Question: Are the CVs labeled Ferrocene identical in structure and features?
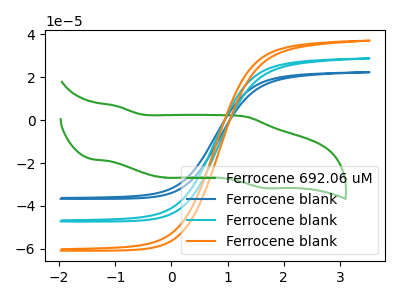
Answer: <think>The green curve "Ferrocene 692.06 uM" has anodic peaks at (-0.95V, 6.50uA) (1.35V, 1.50uA) and cathodic peaks at (-0.05V, -26.85uA) (1.65V, -31.60uA). The blue curve "Ferrocene blank" has no peaks. The cyan curve "Ferrocene blank" has no peaks. The orange curve "Ferrocene blank" has no peaks.
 "Ferrocene 692.06 uM" and "Ferrocene blank" have a different number of peaks. "Ferrocene 692.06 uM" and "Ferrocene blank" have a different number of peaks. "Ferrocene 692.06 uM" and "Ferrocene blank" have a different number of peaks. Neither "Ferrocene blank" or "Ferrocene blank" have any peaks. Neither "Ferrocene blank" or "Ferrocene blank" have any peaks. Neither "Ferrocene blank" or "Ferrocene blank" have any peaks.</think>
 <answer>All the CV's of "Ferrocene" have similar shape.</answer>
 <eval>follow_rule</eval>